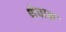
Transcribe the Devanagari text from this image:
थेवान